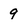
Character: 9